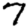
Digit: 7